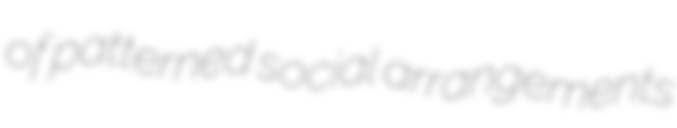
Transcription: of patterned social arrangements